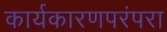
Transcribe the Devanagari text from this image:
कार्यकारणपरंपरा